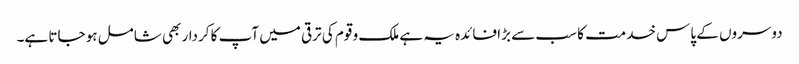
دوسروں کے پاس خدمت کا سب سے بڑا فائدہ یہ ہے ملک و قوم کی ترقی میں آپ کا کردار بھی شامل ہو جاتا ہے۔